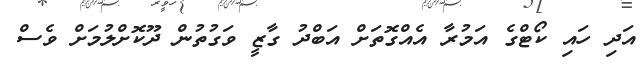
އަދި ހައި ކޯޓްގެ އަމުރާ އެއްގޮތަށް އަބްދު ގާޒީ ވަގުތުން ދޫކޮށްލުމަށް ވެސް